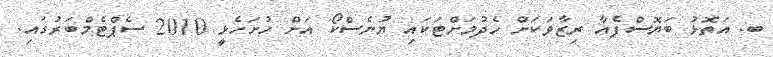
ބ. އަތޮޅު ބަޔޮސްފެއާ ރިޒާވަކަށް ހެދުމަށްޓަކައި ޔުނެސްކޯ އަށް ހުށަހެޅީ 2010 ސެޕްޓެމްބަރުގައި.